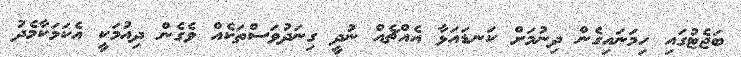
ބަޖެޓުގައި ހިމަނައިގެން ދިނުމަށް ކަނޑައަޅާ އެއްޗެއް ނުދީ ގިނަދުވަސްތަކެއް ވެގެން ދިއުމަކީ އެކަމަކާމެދު